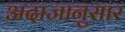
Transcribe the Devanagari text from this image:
अदाजानुसार